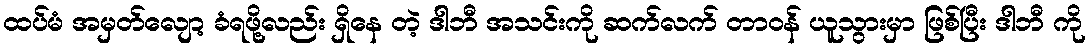
ထပ်မံ အမှတ်လျော့ ခံရဖို့လည်း ရှိနေ တဲ့ ဒါဘီ အသင်းကို ဆက်လက် တာဝန် ယူသွားမှာ ဖြစ်ပြီး ဒါဘီ ကို